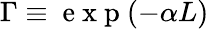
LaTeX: \Gamma\equiv\mathrm{~e~x~p~}(-\alpha L)